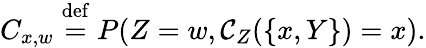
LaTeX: C_{x,w}\stackrel{\mathrm{def}}{=}P(Z=w,\mathcal{C}_{Z}(\{ x,Y\} )=x).